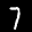
Label: 7